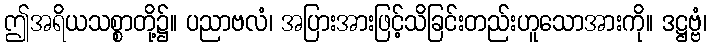
ဤအရိယသစ္စာတို့၌။ ပညာဗလံ၊ အပြားအားဖြင့်သိခြင်းတည်းဟူသောအားကို။ ဒဋ္ဌဗ္ဗံ၊